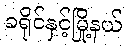
ခရိုင်နှင့်မြို့နယ်